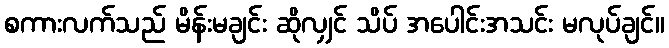
စကားလက်သည် မိန်းမချင်း ဆိုလျှင် သိပ် အပေါင်းအသင်း မလုပ်ချင်။